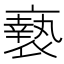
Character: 䙝